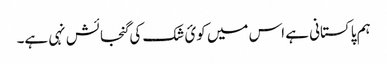
ہم پاکستانی ہے اس میں کوئ شک کی گنجائش نہی ہے۔